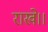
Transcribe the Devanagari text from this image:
राखे।।